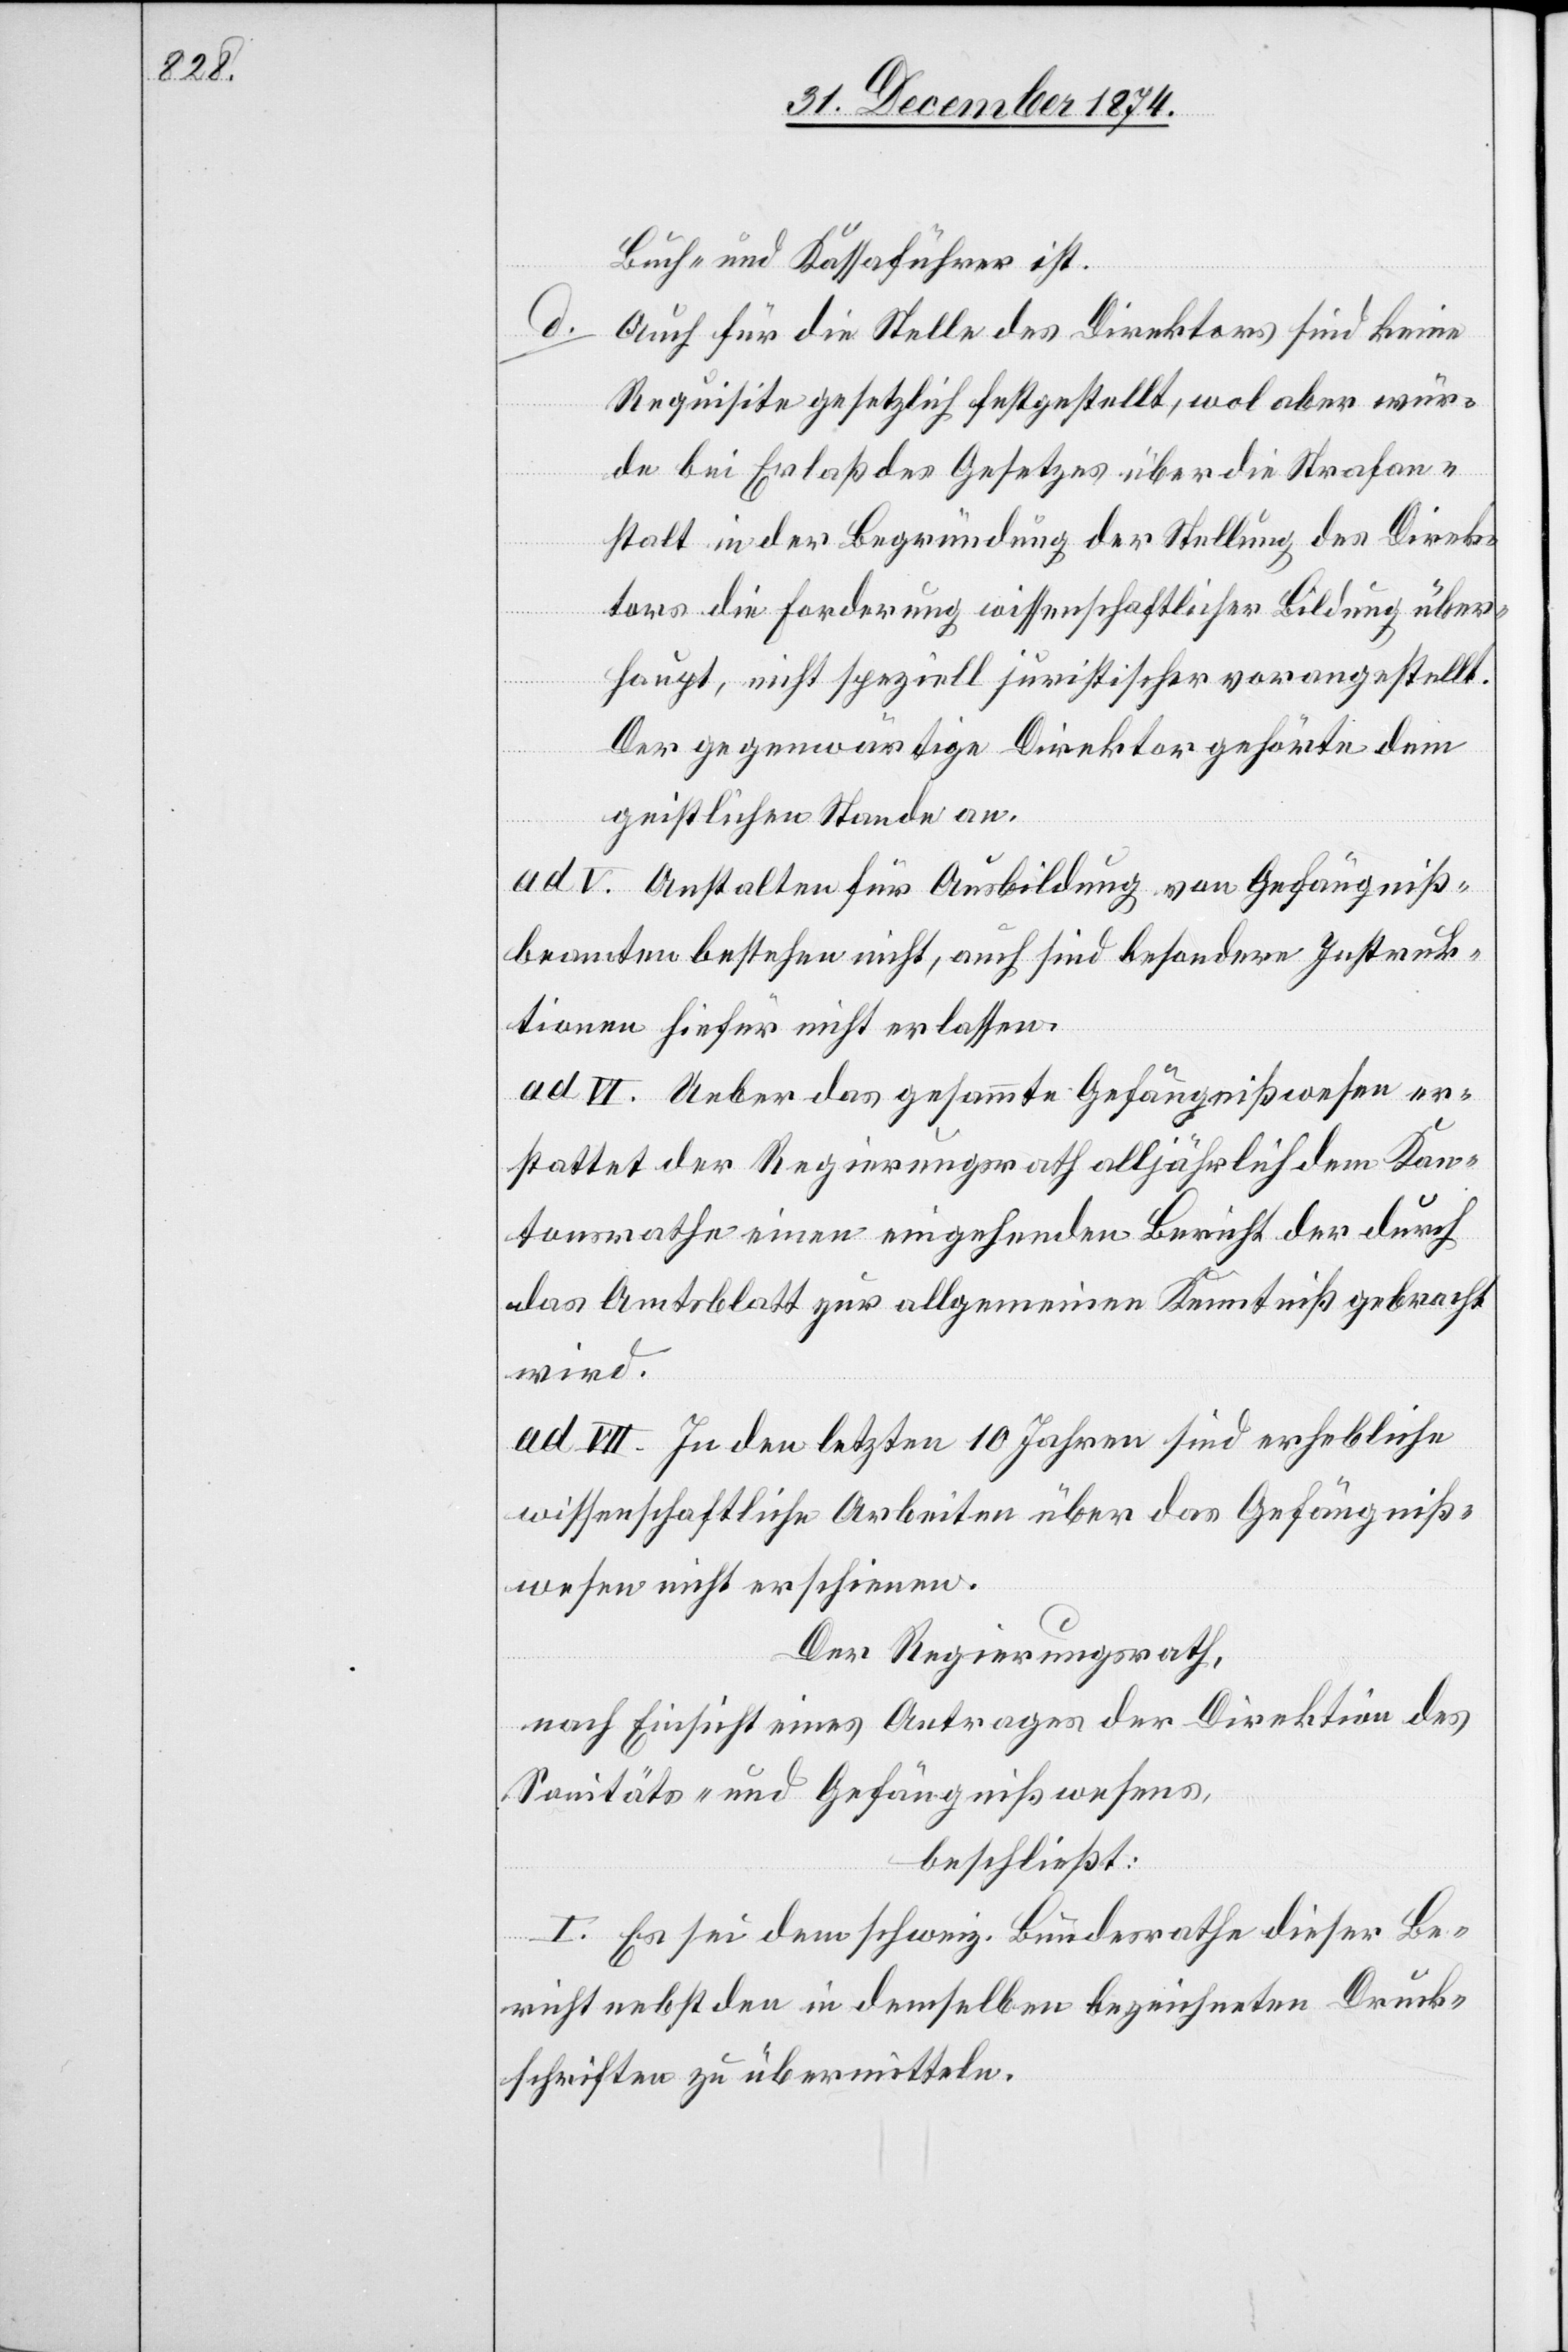
Buch- und Kassaführer ist.
d.
Auch für die Stelle des Direktors sind keine
Requisite gesetzlich festgestellt, wol aber wür¬
de bei Erlaß des Gesetzes über die Strafan¬
stalt in der Begründung der Stellung des Direk¬
tors die Forderung wissenschaftlicher Bildung über¬
haupt, nicht speziell juristischer vorangestellt.
Der gegenwärtige Direktor gehörte dem
geistlichen Stande an.
ad. V. Anstalten für Ausbildung von Gefängniß¬
beamten bestehen nicht, auch sind besondere Instruk¬
tionen hiefür nicht erlassen.
Ad. VI. Ueber das gesammte Gefängnißwesen er¬
stattet der Regierungsrath alljährlich dem Kan¬
tonsrathe einen eingehenden Bericht der durch
das Amtsblatt zur allgemeinen Kenntniß gebracht
wird.
ad. VII. In den letzten 10 Jahren sind erhebliche
wissenschaftliche Arbeiten über das Gefängniß¬
wesen nicht erschienen.
Der Regierungsrath,
nach Einsicht eines Antrages der Direktion des
Sanitäts- und Gefängnißwesens,
beschließt:
I. Es sei dem schweiz. Bundesrathe dieser Be¬
richt nebst den in demselben bezeichneten Druck¬
schriften zu übermitteln.